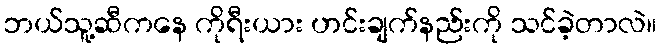
ဘယ်သူ့ဆီကနေ ကိုရီးယား ဟင်းချက်နည်းကို သင်ခဲ့တာလဲ။